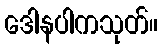
ဒေါနပါကသုတ်။